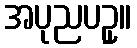
အပုညပဥှ။